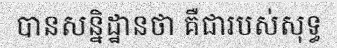
បានសន្និដ្ឋានថា គឺជារបស់សុទ្ធ